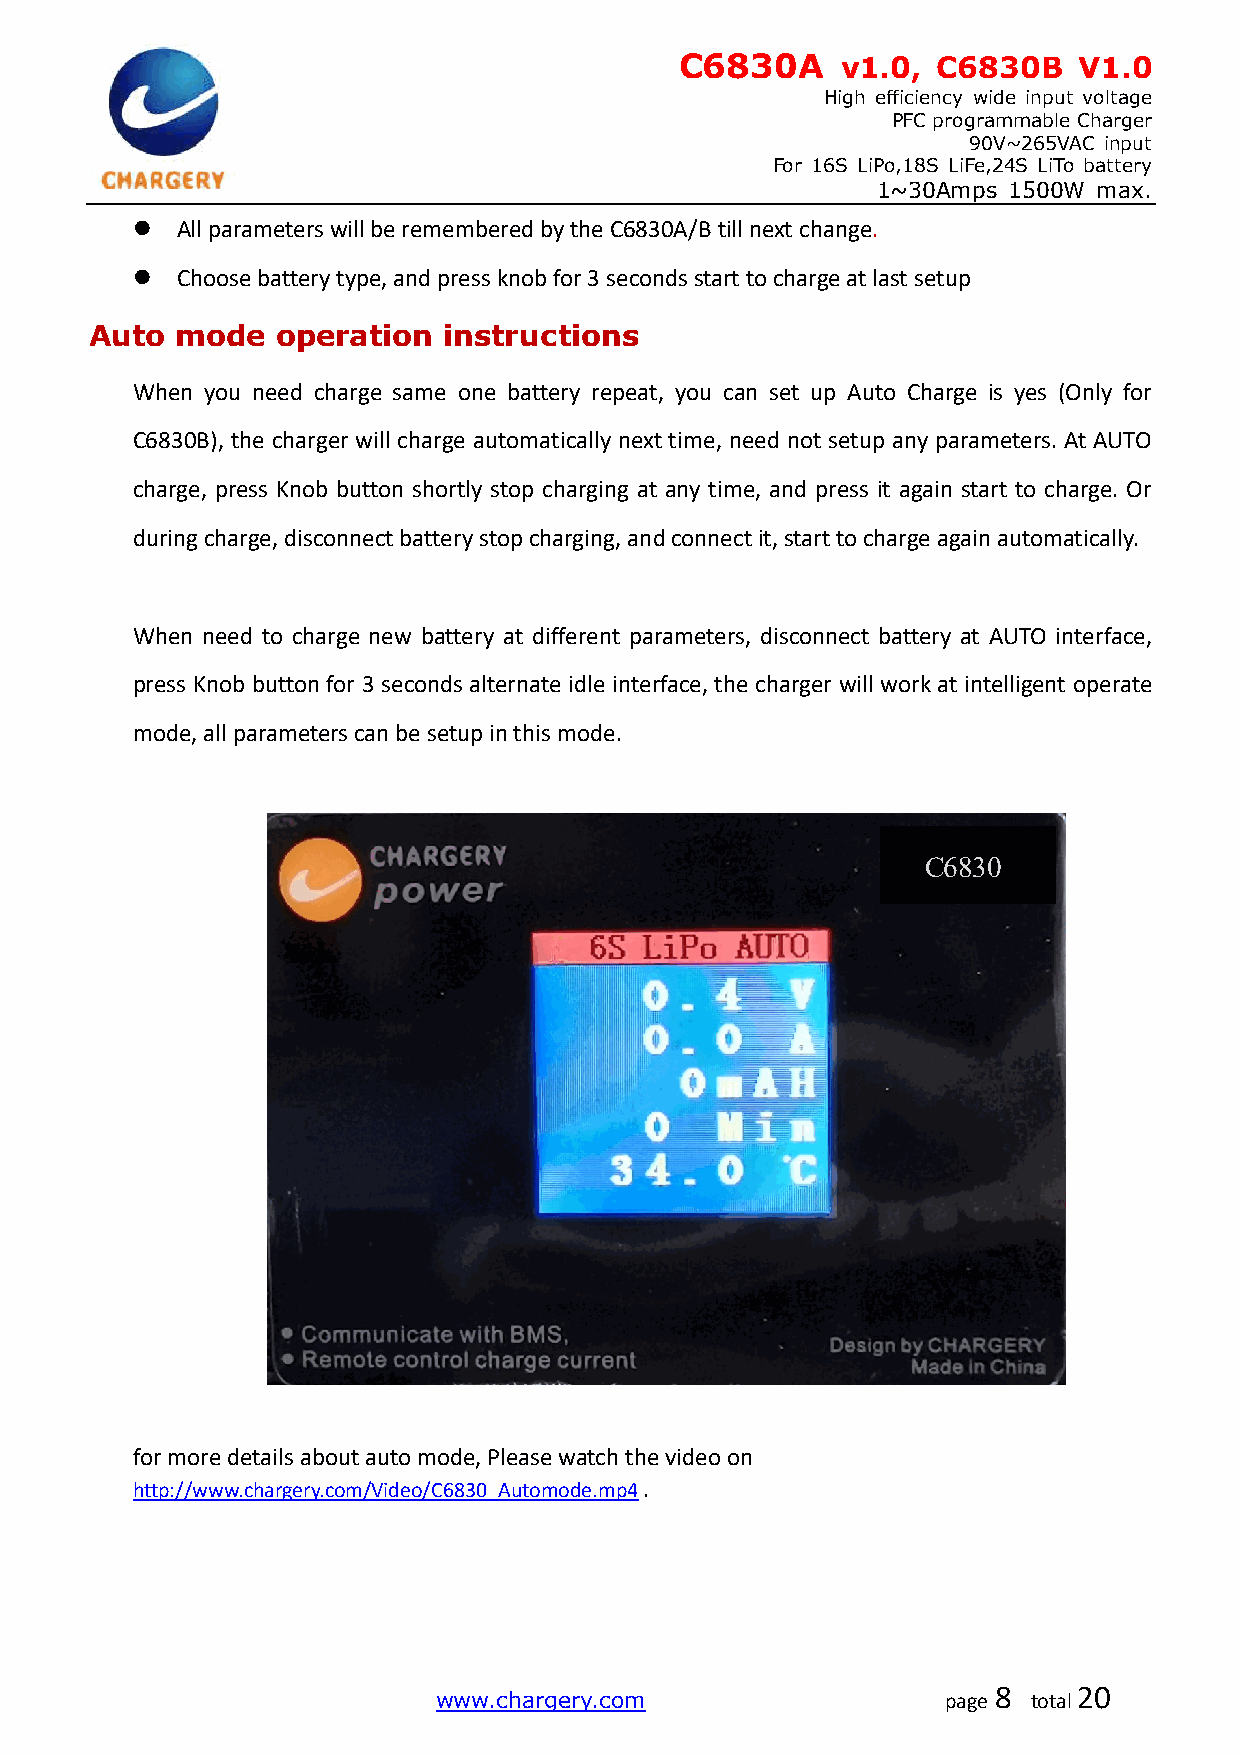
C6830A     v1.0, C6830B   V1.0
 High efficiency wide input voltage
 PFC programmable Charger
 90V~265VAC input
 For 16S LiPo,18S LiFe,24S LiTo battery
 1~30Amps 1500W max.
   All parameters will be remembered by the C6830A/B till next change.
   Choose battery type, and press knob for 3 seconds start to charge at last setup
 Auto  mode  operation  instructions
 When you need charge same one battery repeat, you can set up Auto Charge is yes (Only for
 C6830B), the charger will charge automatically next time, need not setup any parameters. At AUTO
 charge, press Knob button shortly stop charging at any time, and press it again start to charge. Or
 during charge, disconnect battery stop charging, and connect it, start to charge again automatically.
 When need to charge new battery at different parameters, disconnect battery at AUTO interface,
 press Knob button for 3 seconds alternate idle interface, the charger will work at intelligent operate
 mode, all parameters can be setup in this mode.
 C6830
 for more details about auto mode, Please watch the video on
 http://www.chargery.com/Video/C6830_Automode.mp4 .
 www.chargery.com                  page
 8
 total
 20